Some observations on the morphology and mechanism of the parts in the orthorrapha - Number 58
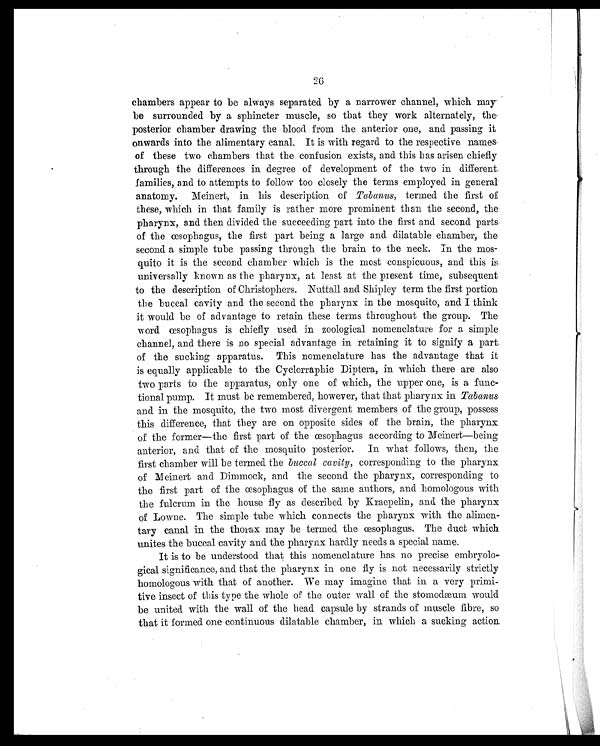
chambers appear to be always separated by a narrower channel, which may
be surrounded by a sphincter muscle, so that they work alternately, the
posterior chamber drawing the blood from the anterior one, and passing it
onwards into the alimentary canal. It is with regard to the respective names
of these two chambers that the confusion exists, and this has arisen chiefly
through the differences in degree of development of the two in different
families, and to attempts to follow too closely the terms employed in general
anatomy. Meinert, in his description of Tabanus, termed the first of
these, which in that family is rather more prominent than the second, the
pharynx, and then divided the succeeding part into the first and second parts
of the œsophagus, the first part being a large and dilatable chamber, the
second a simple tube passing through the brain to the neck. In the mos-
quito it is the second chamber which is the most conspicuous, and this is
universally known as the pharynx, at least at the present time, subsequent
to the description of Christophers. Nuttall and Shipley term the first portion
the buccal cavity and the second the pharynx in the mosquito, and I think
it would be of advantage to retain these terms throughout the group. The
word œsophagus is chiefly used in zoological nomenclature for a simple
channel, and there is no special advantage in retaining it to signify a part
of the sucking apparatus. This nomenclature has the advantage that it
is equally applicable to the Cyclorraphic Diptera, in which there are also
two parts to the apparatus, only one of which, the upper one, is a func-
tional pump. It must be remembered, however, that that pharynx in Tabanus
and in the mosquito, the two most divergent members of the group, possess
this difference, that they are on opposite sides of the brain, the pharynx
of the former—the first part of the œsophagus according to Meinert—being
anterior, and that of the mosquito posterior. In what follows, then, the
first chamber will be termed the buccal cavity, corresponding to the pharynx
of Meinert and Dimmock, and the second the pharynx, corresponding to
the first part of the œsophagus of the same authors, and homologous with
the fulcrum in the house fly as described by Kraepelin, and the pharynx
of Lowne. The simple tube which connects the pharynx with the alimen-
tary canal in the thorax may be termed the œsophagus. The duct which
unites the buccal cavity and the pharynx hardly needs a special name.
It is to be understood that this nomenclature has no precise embryolo-
gical significance, and that the pharynx in one fly is not necessarily strictly
homologous with that of another. We may imagine that in a very primi-
tive insect of this type the whole of the outer wall of the stomodæum would
be united with the wall of the head capsule by strands of muscle fibre, so
that it formed one continuous dilatable chamber, in which a sucking action